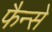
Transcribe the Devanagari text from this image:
फैन्से